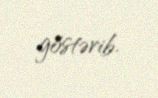
göstərib.